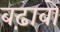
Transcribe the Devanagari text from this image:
बढ़ावों